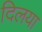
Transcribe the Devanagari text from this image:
दिलया